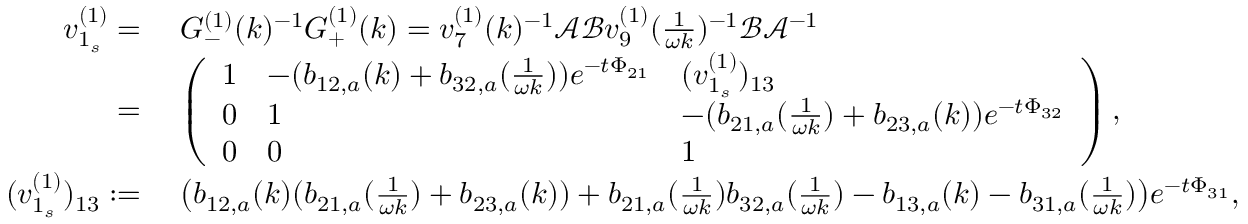
\begin{array} { r l } { v _ { 1 _ { s } } ^ { ( 1 ) } = } & { \; G _ { - } ^ { ( 1 ) } ( k ) ^ { - 1 } G _ { + } ^ { ( 1 ) } ( k ) = v _ { 7 } ^ { ( 1 ) } ( k ) ^ { - 1 } \mathcal { A } \mathcal { B } v _ { 9 } ^ { ( 1 ) } ( \frac { 1 } { \omega k } ) ^ { - 1 } \mathcal { B } \mathcal { A } ^ { - 1 } } \\ { = } & { \; \left( \begin{array} { l l l } { 1 } & { - ( b _ { 1 2 , a } ( k ) + b _ { 3 2 , a } ( \frac { 1 } { \omega k } ) ) e ^ { - t \Phi _ { 2 1 } } } & { ( v _ { 1 _ { s } } ^ { ( 1 ) } ) _ { 1 3 } } \\ { 0 } & { 1 } & { - ( b _ { 2 1 , a } ( \frac { 1 } { \omega k } ) + b _ { 2 3 , a } ( k ) ) e ^ { - t \Phi _ { 3 2 } } } \\ { 0 } & { 0 } & { 1 } \end{array} \right) , } \\ { ( v _ { 1 _ { s } } ^ { ( 1 ) } ) _ { 1 3 } : = } & { \; \big ( b _ { 1 2 , a } ( k ) ( b _ { 2 1 , a } ( \frac { 1 } { \omega k } ) + b _ { 2 3 , a } ( k ) ) + b _ { 2 1 , a } ( \frac { 1 } { \omega k } ) b _ { 3 2 , a } ( \frac { 1 } { \omega k } ) - b _ { 1 3 , a } ( k ) - b _ { 3 1 , a } ( \frac { 1 } { \omega k } ) \big ) e ^ { - t \Phi _ { 3 1 } } , } \end{array}